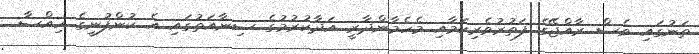
ތަނުގައި ވެސް ރާއްޖޭގެ ފަތުރުވެރިކަމާއި މެހެމާންދާރީ އަދާކުރުމުގެ ސިނާއަތުގައި އެ ކުންފުނީގެ ހިއްސާ